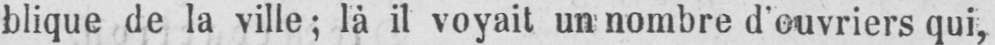
blique de la ville; là il voyait un nombre d’ouvriers qui,